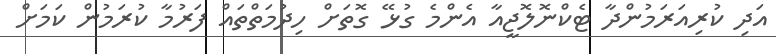
އަދި ކުރިއަރަމުންދާ ޓެކްނޮލޮޖީއާ އެންމެ ގުޅޭ ގޮތަށް ހިދުމަތްތައް ފަރުމާ ކުރަމުން ކަމަށް